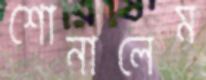
শোনালেম